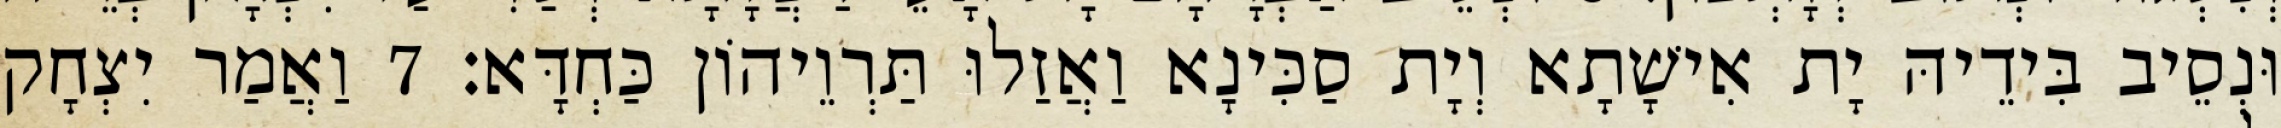
וּנְסֵיב בִּידֵיהּ יָת אִישָׁתָא וְיָת סַכִּינָא וַאֲזַלוּ תַּרְוֵיהוֹן כַּחְדָּא׃ 7 וַאֲמַר יִצְחָק